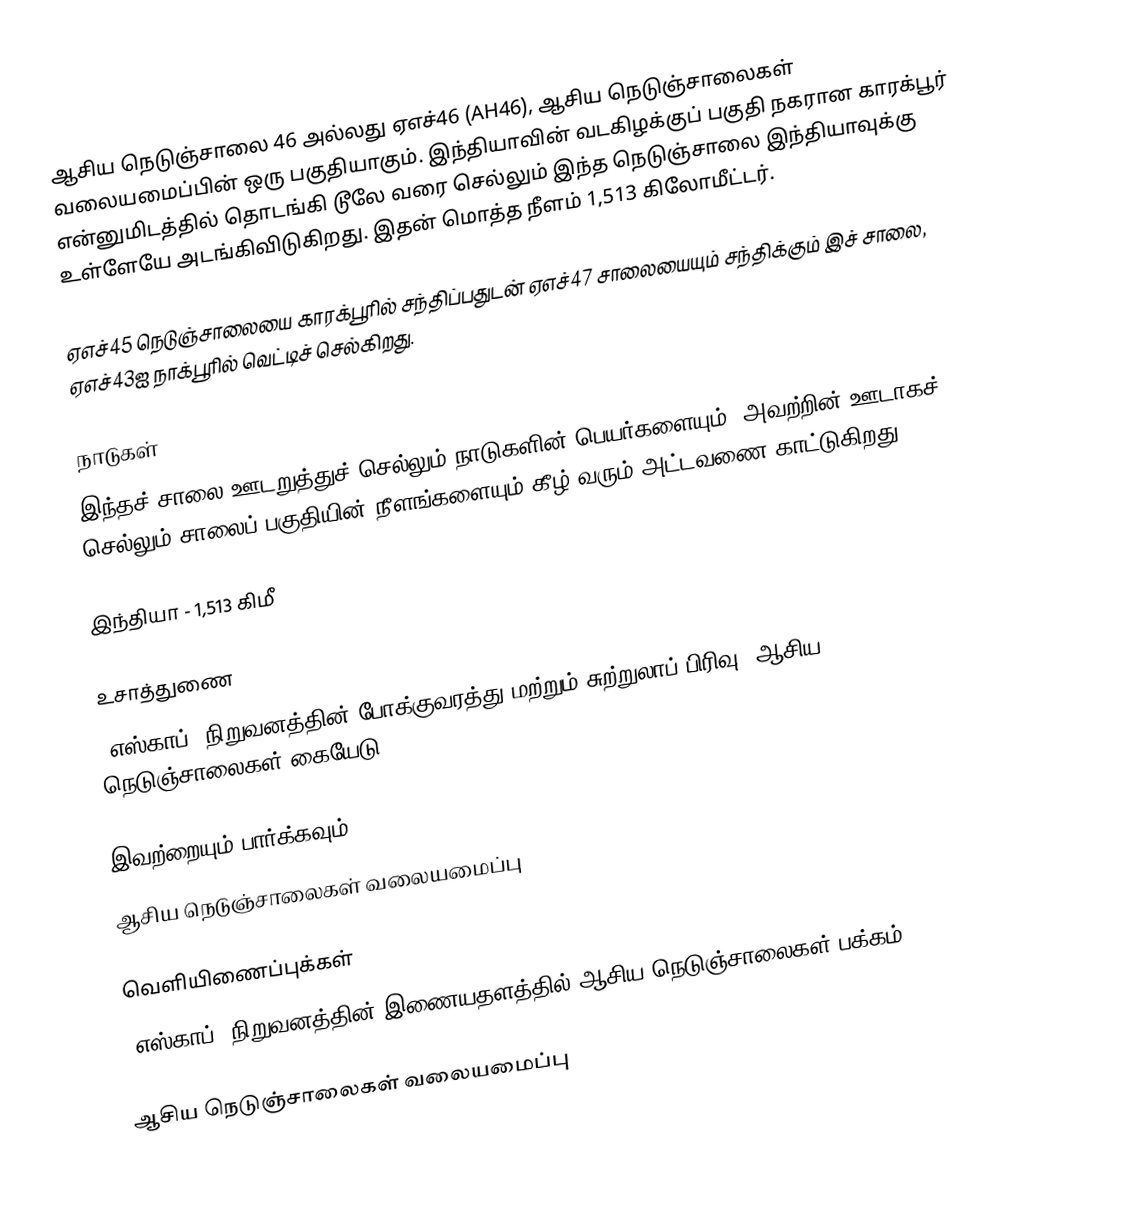
ஆசிய நெடுஞ்சாலை 46 அல்லது ஏஎச்46 (AH46), ஆசிய நெடுஞ்சாலைகள் வலையமைப்பின் ஒரு பகுதியாகும். இந்தியாவின் வடகிழக்குப் பகுதி நகரான காரக்பூர் என்னுமிடத்தில் தொடங்கி டூலே வரை செல்லும் இந்த நெடுஞ்சாலை இந்தியாவுக்கு உள்ளேயே அடங்கிவிடுகிறது. இதன் மொத்த நீளம் 1,513 கிலோமீட்டர்.

ஏஎச்45 நெடுஞ்சாலையை காரக்பூரில் சந்திப்பதுடன் ஏஎச்47 சாலையையும் சந்திக்கும் இச் சாலை, ஏஎச்43ஐ நாக்பூரில் வெட்டிச் செல்கிறது.

நாடுகள்
இந்தச் சாலை ஊடறுத்துச் செல்லும் நாடுகளின் பெயர்களையும், அவற்றின் ஊடாகச் செல்லும் சாலைப் பகுதியின் நீளங்களையும் கீழ் வரும் அட்டவணை காட்டுகிறது.

 இந்தியா - 1,513 கிமீ

உசாத்துணை
 "எஸ்காப்" நிறுவனத்தின் போக்குவரத்து மற்றும் சுற்றுலாப் பிரிவு, ஆசிய நெடுஞ்சாலைகள் கையேடு , 2003.

இவற்றையும் பார்க்கவும்
 ஆசிய நெடுஞ்சாலைகள் வலையமைப்பு

வெளியிணைப்புக்கள்
 "எஸ்காப்" நிறுவனத்தின் இணையதளத்தில் ஆசிய நெடுஞ்சாலைகள் பக்கம்

 ஆசிய நெடுஞ்சாலைகள் வலையமைப்பு